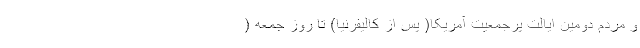
و مردم دومین ایالت پرجمعیت آمریکا( پس از کالیفرنیا) تا روز جمعه (